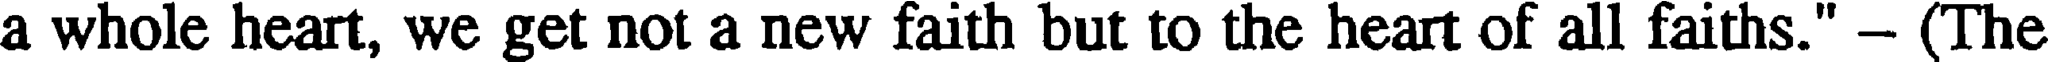
a whole heart, we get not a new faith but to the heart of all faiths." - (The